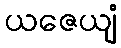
ယဇေယျံ